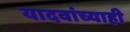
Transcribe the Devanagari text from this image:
यादवांच्याही